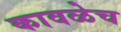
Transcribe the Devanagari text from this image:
कावळेच